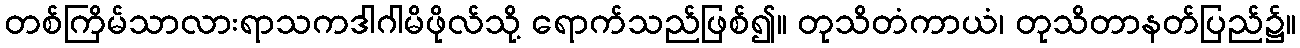
တစ်ကြိမ်သာလားရာသကဒါဂါမိဖိုလ်သို့ ရောက်သည်ဖြစ်၍။ တုသိတံကာယံ၊ တုသိတာနတ်ပြည်၌။